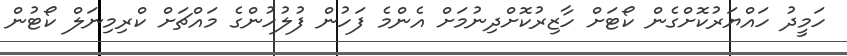
ހަމީދު ހައްޔަރުކޮށްގެން ކޯޓަށް ހާޒިރުކޮށްދިނުމަށް އެންމެ ފަހުން ފުލުހުންގެ މައްޗަށް ކްރިމިނަލް ކޯޓުން